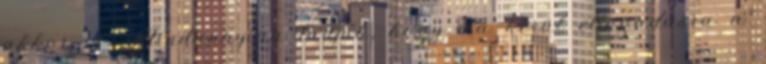
akkor is. Mindannyian tudjuk, hogy ma kerül elfogadásra a